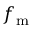
f _ { \mathrm { m } }